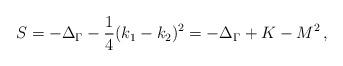
LaTeX: \begin{align*}S=-\Delta_{\Gamma}-\frac{1}{4}(k_1-k_2)^2 =-\Delta_{\Gamma}+K-M^2\,,\end{align*}